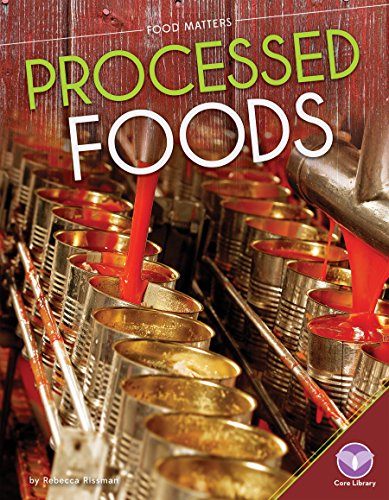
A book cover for Processed Foods (Food Matters); Rebecca Rissman; Children's Books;